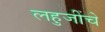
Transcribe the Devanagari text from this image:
लहुजींचे